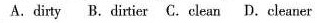
A.dirty B.Dirtier C.Clean D. Cleaner